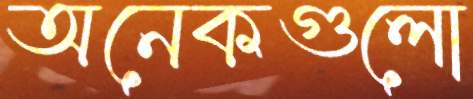
অনেকগুলো